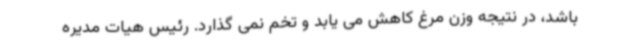
باشد، در نتیجه وزن مرغ کاهش می یابد و تخم نمی گذارد. رئیس هیات مدیره